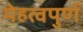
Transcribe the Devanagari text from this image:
मेहत्वपुर्ण